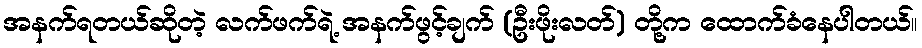
အနက်ရတယ်ဆိုတဲ့ လက်ဖက်ရဲ့ အနက်ဖွင့်ချက် (ဦးဖိုးလတ်) တို့က ထောက်ခံနေပါတယ်။